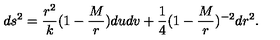
d s ^ { 2 } = { \frac { r ^ { 2 } } { k } } ( 1 - { \frac { M } { r } } ) d u d v + { \frac { 1 } { 4 } } ( 1 - { \frac { M } { r } } ) ^ { - 2 } d r ^ { 2 } .